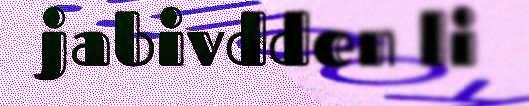
jabivdden li